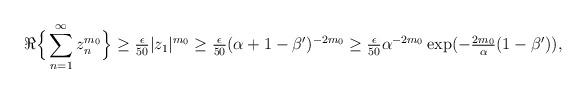
LaTeX: \begin{align*}\Re\Big\{ \sum_{n=1}^{\infty} z_n^{m_0} \Big\} \geq \tfrac{\epsilon}{50} |z_1|^{m_0} \geq \tfrac{\epsilon}{50} (\alpha+1-\beta')^{-2m_0} \geq \tfrac{\epsilon}{50} \alpha^{-2m_0} \exp(-\tfrac{2m_0}{\alpha}(1-\beta') ), \end{align*}